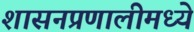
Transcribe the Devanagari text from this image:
शासनप्रणालीमध्ये